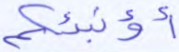
أؤنبئكم